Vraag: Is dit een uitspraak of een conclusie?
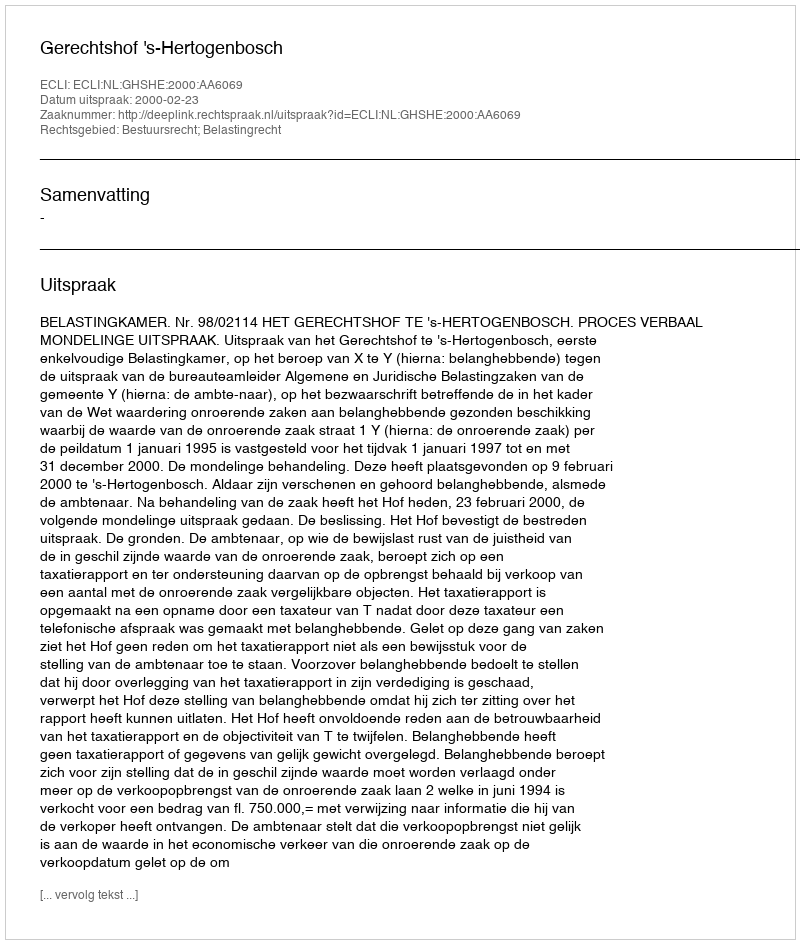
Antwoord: Uitspraak